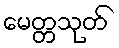
မေတ္တသုတ်